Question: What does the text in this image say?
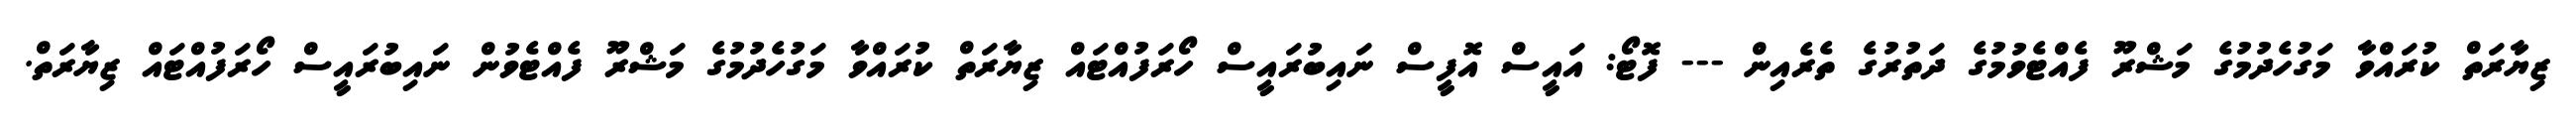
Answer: ޒިޔާރަތް ކުރައްވާ މަގުހެދުމުގެ މަޝްރޫ ފެއްޓެވުމުގެ ދަތުރުގެ ތެރެއިން --- ފޮޓޯ: އައީސް އޮފީސް ނައިބުރައީސް ހޯރަފުއްޓައް ޒިޔާރަތް ކުރައްވާ މަގުހެދުމުގެ މަޝްރޫ ފެއްޓެވުން ނައިބުރައީސް ހޯރަފުއްޓައް ޒިޔާރަތް.